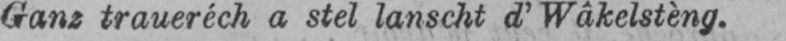
Ganz traueréch a stel lanscht d’Wâkelstèng.